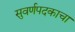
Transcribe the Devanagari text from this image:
सुवर्णपदकाचा